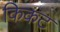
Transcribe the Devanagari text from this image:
किकट